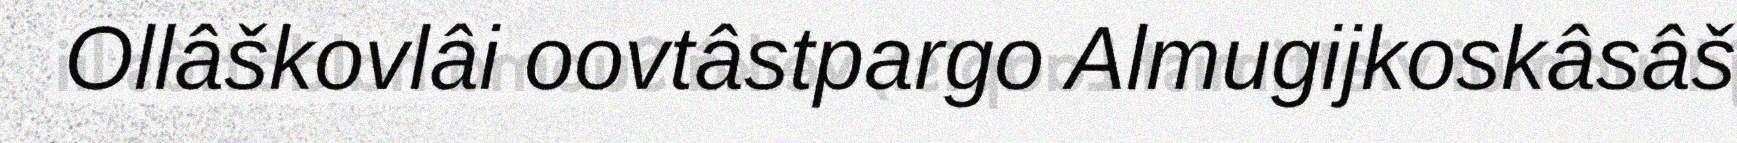
Ollâškovlâi oovtâstpargo Almugijkoskâsâš